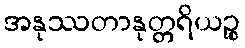
အနုဿတာနုတ္တရိယဉ္စ